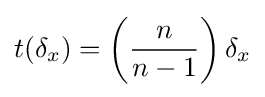
t(\delta _{x})=\left({\frac {n}{n-1}}\right)\delta _{x}